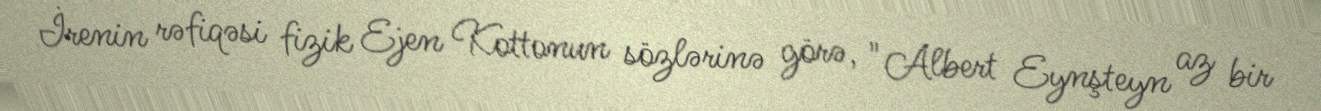
İrenin rəfiqəsi fizik Ejen Kottonun sözlərinə görə, "Albert Eynşteyn az bir